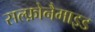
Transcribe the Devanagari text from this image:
सल्फ़ोनैमाइड